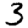
Digit: 3